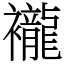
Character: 襱